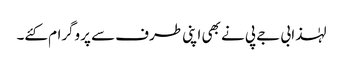
لہٰذا بی جے پی نے بھی اپنی طرف سے پروگرام کئے۔